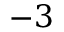
- 3